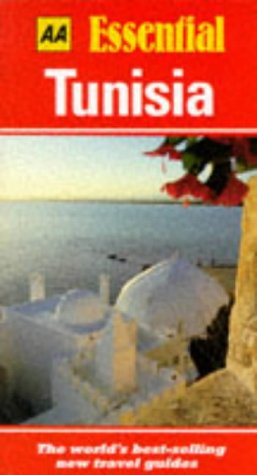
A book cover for Essential Tunisia (AA Essential); Michael Tomkinson; Travel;